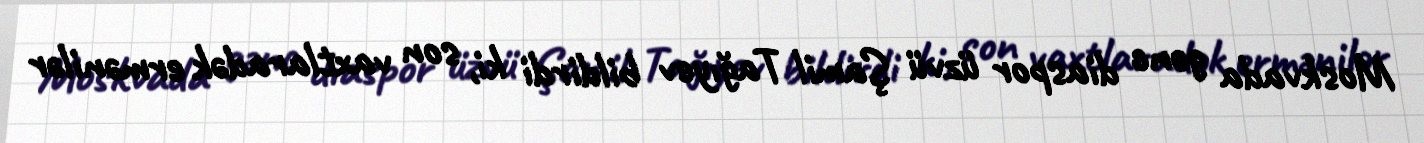
Moskvada gənc diaspor üzvü Şamil Tağıyev bildirdi ki, son vaxtlaradək ermənilər